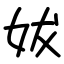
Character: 妭